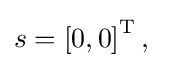
s=\left[0,0\right]^{\mathrm {T} },\quad